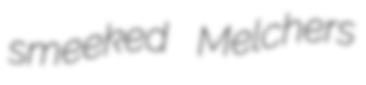
smeeked Melchers